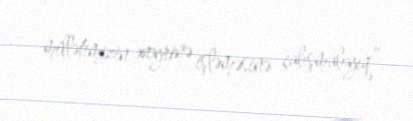
millətimizin xeyrinə işləməsinə çalışmalıyıq”.